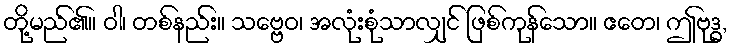
တို့မည်၏။ ဝါ၊ တစ်နည်း။ သဗ္ဗေဝ၊ အလုံးစုံသာလျှင် ဖြစ်ကုန်သော။ ဧတေ၊ ဤဗုဒ္ဓ,